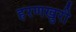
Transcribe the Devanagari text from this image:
हरणखुरी